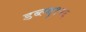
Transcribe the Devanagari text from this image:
डब्ल्यु१२६